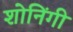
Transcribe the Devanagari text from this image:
शोनिंगी